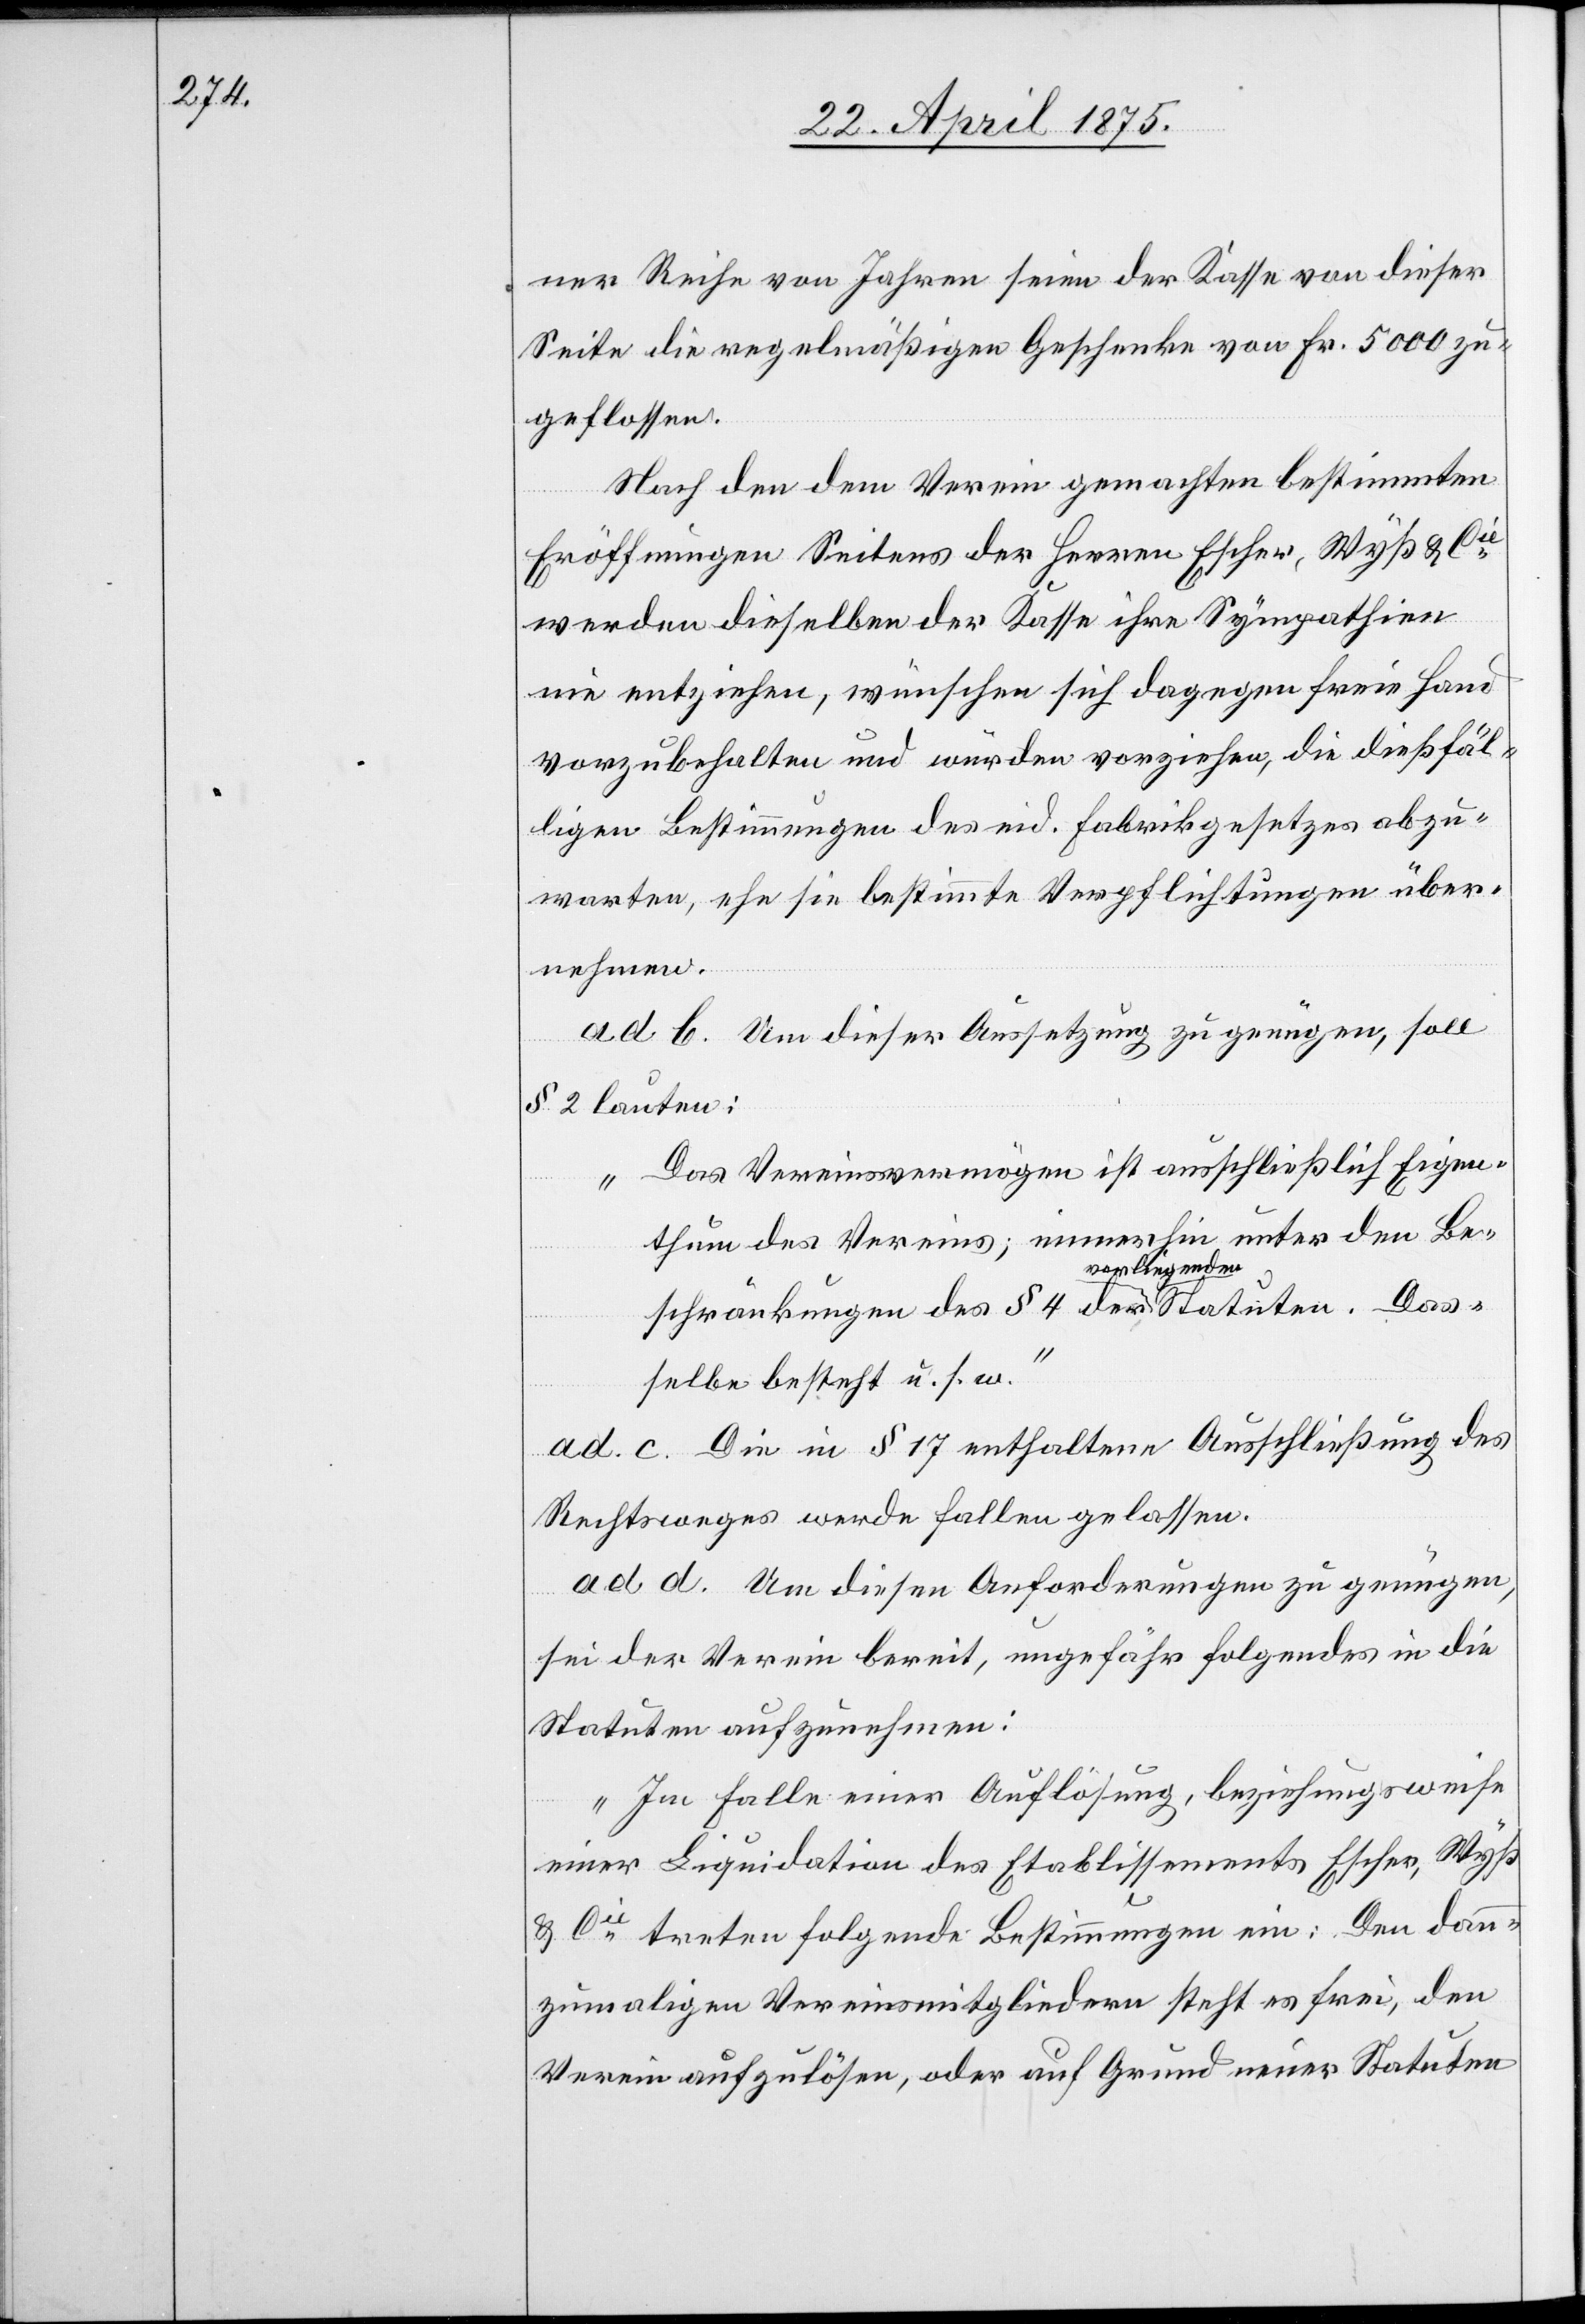
ner Reihe von Jahren seien der Kasse von dieser
Seite die regelmäßigen Geschenke von Fr. 5000 zu¬
geflossen.
Nach den dem Verein gemachten bestimmten
Eröffnungen Seitens der Herren Escher, Wyß & Cie
werden dieselben der Kasse ihre Sympathien
nie entziehen, wünschen sich dagegen freie Hand
vorzubehalten und würden vorziehen, die dießfäl¬
ligen Bestimmungen des eid. Fabrikgesetzes abzu¬
warten, ehe sie bestimmte Verpflichtungen über¬
nehmen.
ad. b. Um dieser Aussetzung zu genügen, soll
§ 2 lauten:
„Das Vereinsvermögen ist ausschließlich Eigen¬
thum des Vereins; immerhin unter den Be¬
schränkungen des § 4 der vorliegenden Statuten. Das¬
selbe besteht u. s. w.“
ad. c. Die in § 17 enthaltene Ausschließung des
Rechtsweges werde fallen gelassen.
ad. d. Um diesen Anforderungen zu genügen,
sei der Verein bereit, ungefähr folgendes in die
Statuten aufzunehmen:
„Im Falle einer Auflösung, beziehungsweise
einer Liquidation des Etablissements Escher, Wyß
& Cie treten folgende Bestimmungen ein: Den dann¬
zumaligen Vereinsmitgliedern steht es frei, den
Verein aufzulösen, oder auf Grund neuer Statuten